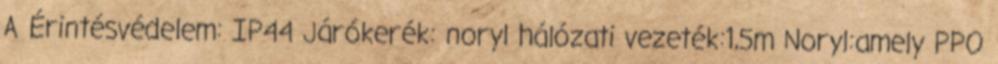
A Érintésvédelem: IP44 Járókerék: noryl hálózati vezeték:1,5m Noryl:amely PPO